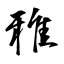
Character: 雅